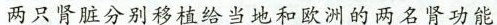
两只肾脏分别移植给当地和欧洲的两名肾功能